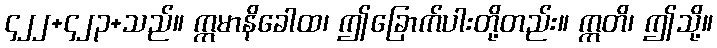
၄၂၂+၄၂၃+သည်။ ဣမာနိခေါထ၊ ဤခြောက်ပါးတို့တည်း။ ဣတိ၊ ဤသို့။